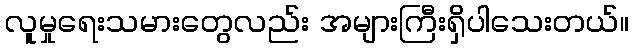
လူမှုရေးသမားတွေလည်း အများကြီးရှိပါသေးတယ်။